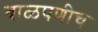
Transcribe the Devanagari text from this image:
बाळपणीच